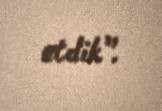
etdik”.